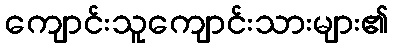
ကျောင်းသူကျောင်းသားများ၏